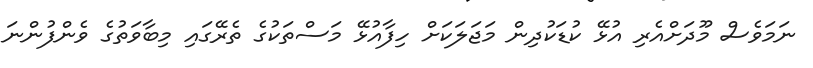
ނަމަވެސް މޫދަށްއެރި އުޅޭ ކުޑަކުދިން މަޖަލަކަށް ހިފާއުޅޭ މަސްތަކުގެ ތެރޭގައި މިބާވަތުގެ ވެންފުންނަ